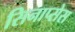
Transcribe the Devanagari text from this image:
सिनाप्सेस